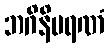
ဘဂိနိမရဏံ